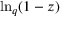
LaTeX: \ln _ { q } ( 1 - z )